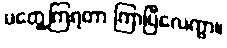
မတွေ့ကြရတာ ကြာပြီလေကွာ။